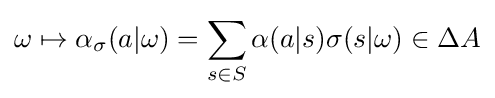
\omega \mapsto \alpha _{\sigma }(a|\omega )=\sum _{s\in S}\alpha (a|s)\sigma (s|\omega )\in \Delta A